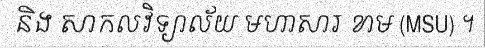
និង សាកលវិទ្យាល័យ មហាសារ ខាម (MSU) ។